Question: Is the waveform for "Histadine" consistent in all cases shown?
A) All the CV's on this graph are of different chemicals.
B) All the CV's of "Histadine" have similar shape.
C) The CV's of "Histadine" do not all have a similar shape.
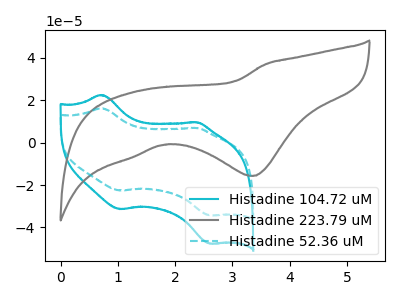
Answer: <think>The cyan curve "Histadine 104.72 uM" has anodic peaks at (0.70V, 22.50uA) (2.35V, 9.60uA) and cathodic peaks at (1.05V, -31.40uA) (2.60V, -47.70uA). The gray curve "Histadine 223.79 uM" has a cathodic peak at: (3.35V, -15.75uA). The cyan dashed curve "Histadine 52.36 uM" has anodic peaks at (0.70V, 16.20uA) (2.35V, 6.90uA) and cathodic peaks at (1.05V, -22.60uA) (2.60V, -34.30uA).
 "Histadine 104.72 uM" and "Histadine 223.79 uM" have a different number of peaks. All the peaks in "Histadine 104.72 uM" have a peak in "Histadine 52.36 uM" at the same potential. Every peak in "Histadine 104.72 uM" is higher than every peak in "Histadine 52.36 uM". "Histadine 223.79 uM" and "Histadine 52.36 uM" have a different number of peaks.</think>
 <answer>B) All the CV's of "Histadine" have similar shape.</answer>
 <eval>B</eval>